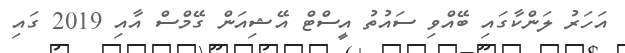
އަހަރު ލަންކާގައި ބޭއްވި ސައުތު އީސްޓް އޭޝިއަން ގޭމްސް އާއި 2019 ގައި